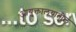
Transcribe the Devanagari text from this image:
आयुक्तालयातील